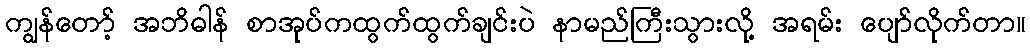
ကျွန်တော့် အဘိဓါန် စာအုပ်ကထွက်ထွက်ချင်းပဲ နာမည်ကြီးသွားလို့ အရမ်း ပျော်လိုက်တာ။